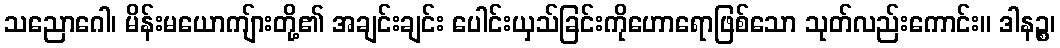
သညောဂေါ၊ မိန်းမယောကျ်ားတို့၏ အချင်းချင်း ပေါင်းယှသ်ခြင်းကိုဟောရောဖြစ်သော သုတ်လည်းကောင်း။ ဒါနဉ္စ၊